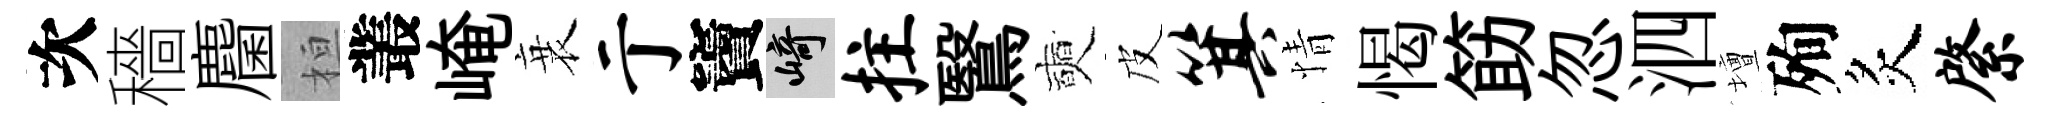
次穡麕桓叢崦衰亍竇崎拄鷖奭皮箕情愒筯忽泗壇殉炙綮